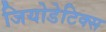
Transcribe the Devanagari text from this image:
जियोडेटिक्स